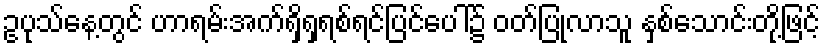
ဥပုသ်နေ့တွင် ဟာရမ်းအက်ရှိရှရစ်ရင်ပြင်ပေါ်၌ ဝတ်ပြုလာသူ နှစ်သောင်းတို့ဖြင့်